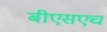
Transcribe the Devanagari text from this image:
बीएसएच